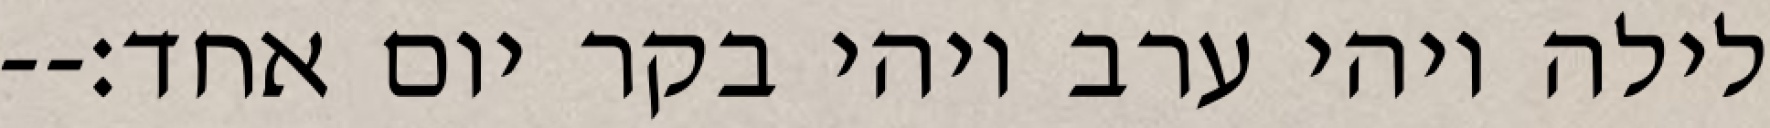
לילה ויהי ערב ויהי בקר יום אחד׃--